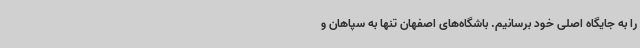
را به جایگاه اصلی خود برسانیم. باشگاه‌های اصفهان تنها به سپاهان و